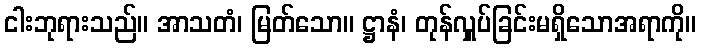
ငါးဘုရားသည်။ အာသတံ၊ မြတ်သော။ ဋ္ဌာနံ၊ တုန်လှူပ်ခြင်းမရှိသောအရာကို။